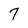
Character: 7